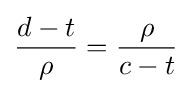
{\frac {d-t}{\rho }}={\frac {\rho }{c-t}}